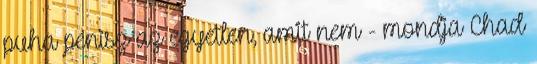
puha pénisz az egyetlen, amit nem - mondja Chad